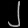
Digit: ၂